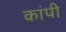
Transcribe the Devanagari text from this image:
कांपी